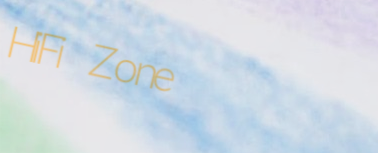
HiFi Zone